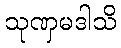
သုဏှမဒါသိ